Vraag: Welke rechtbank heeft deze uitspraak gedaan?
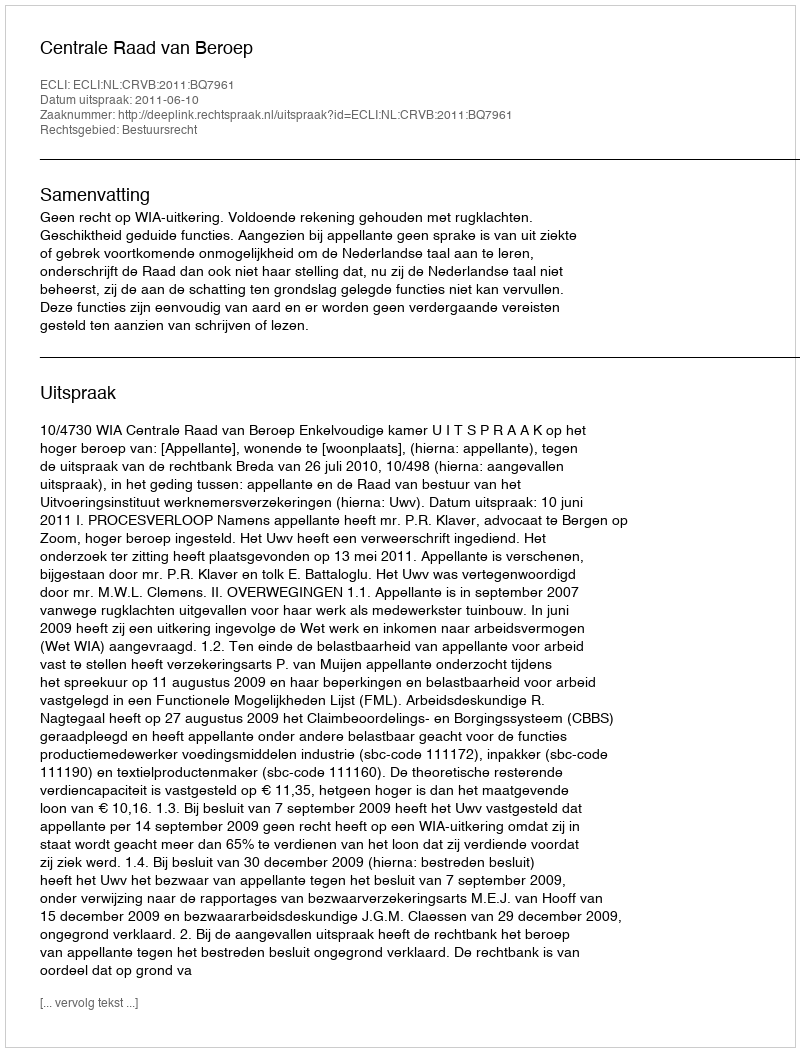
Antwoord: Centrale Raad van Beroep